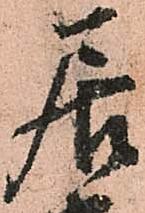
居